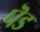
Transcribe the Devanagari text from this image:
पॆड